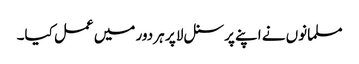
مسلمانوں نے اپنے پرسنل لا پر ہر دور میں عمل کیا۔